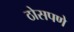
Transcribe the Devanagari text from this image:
ठोसपणे